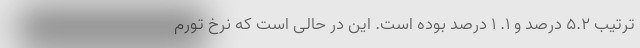
ترتیب ٥.٢ درصد و ١. ١ درصد بوده است. این در حالی است که نرخ تورم